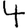
Digit: 4